Report of the Hyderabad Chloroform Commission
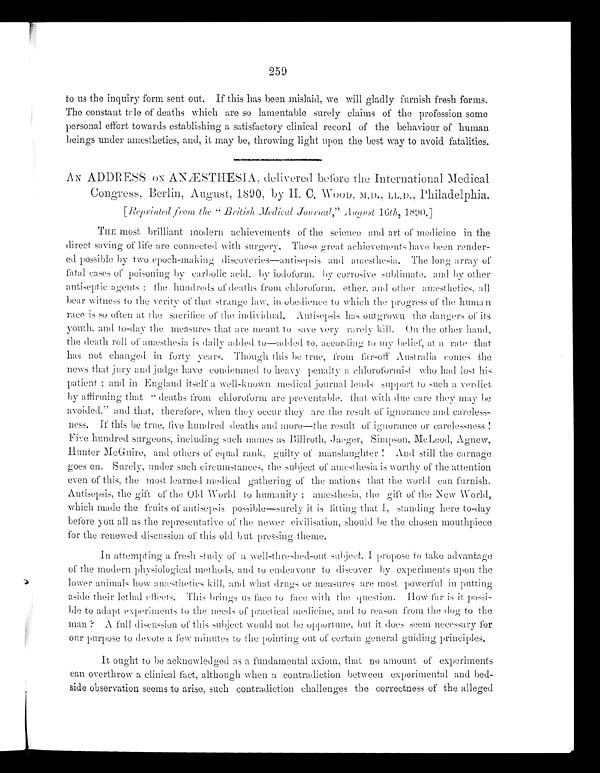
259
to us the inquiry form sent out. If this has been mislaid, we will gladly furnish fresh forms.
The constant tale of deaths which are so lamentable surely claims of the profession some
personal effort towards establishing a satisfactory clinical record of the behaviour of human
b e i n g s u n d e r a n æs t h e t i c s , a n d , i t ma y b e , t h r o wi n g l i g h t u p o n t h e b e s t wa y t o a v o i d f a t a l i t i e s .
AN ADDRESS ON ANÆSTHESIA. delivered before the International. Medical
Congress, Berlin, August, 1890, by H. C.
WOOD, LL.D., Philadelphia.
[Reprinted from the "British Medical Journal," August 16th, 1890.]
THE most brilliant modern achievements of the science and art of medicine in the
direct saving of life are connected with surgery. These great achievements have been render-
ed possible by two epoch-making discoveries-antisepsis and anæsthesia. The long array of
fatal cases of poisoning by carbolic acid, by iodoform, by corrosive sublimate, and by other
antiseptic agents; the hundreds of deaths from chloroform, ether, and other anæsthetics, all
bear witness to the verity of that strange law, in obedience to which the progress of the human
race is so often at the sacrifice of the individual. Antisepsis has outgrown the dangers of its
youth, and to-day the measures that are meant to save very rarely kill. On the other hand,
the death roll of anæsthesia is daily added to—added to, according to my belief, at a rate that
has not changed in forty years. Though this be true, from far-off Australia comes the
news that jury and judge have condemned to heavy penalty a chloroformist who had lost his
patient; and in England itself a well-known medical journal lends support to such a verdict
by affirming that “deaths from chloroform are preventable, that with due care they may be
avoided,” and that, therefore, When they occur they are the result of ignorance and careless--
ness. If this be true, five hundred deaths and more—the result of ignorance or carelessness!
Five hundred surgeons, including such names as Billroth, Jaeger, Simpson, McLeod, Agnew,
Hunter McGuire, and others of equal rank, guilty of manslaughter! And still the carnage
goes on. Surely, under such circumstances, the subject of anæsthesia is worthy of the attention
even of this, the most learned medical gathering of the nations that the World can furnish.
Antisepsis, the gift of the Old World to humanity; anæsthesia, the gift of the New World,
which made the fruits of antisepsis possible—surely it is fitting that I, standing here to-day
before you all as the representative of the newer civilisation, should be the chosen mouthpiece
for the renewed discussion of this old but pressing theme.
In attempting a fresh study of a well-threshed-out subject. I propose to take advantage
of t he modern physi ol ogi cal met hods, and t o endeavour t o di scover by experi ment s upon t he
lower animals how anæsthetics kill, and what drugs or measures are most powerful in putting
aside their lethal effects. This brings us face to face with the question. How far is it possi-
ble to adapt experiments to the needs of practical medicine, and to reason from the dog to the
m a n ? A f u l l d i s c u s s i o n o f t h i s s u b j e c t w o u l d n o t h e o p p o r t u n e , b u t i t d o e s s e e m n e c e s s a r y f o r
our purpose to devote a few minutes to the pointing out of certain general guiding principles.
It ought to be acknowledged as a fundamental axiom, that no amount of experiments
can overthrow a clinical fact, although when a contradiction between experimental and bed-
- s i d e o b s e r v a t i o n s e e m s t o a r i s e , s u c h c o n t r a d i c t i o n c h a l l e n g e s t h e c o r r e c t n e s s o f t h e a l l e g e d